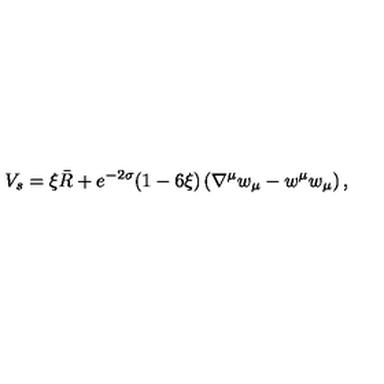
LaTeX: V _ { s } = \xi \bar { R } + e ^ { - 2 \sigma } ( 1 - 6 \xi ) \left( \nabla ^ { \mu } w _ { \mu } - w ^ { \mu } w _ { \mu } \right) ,